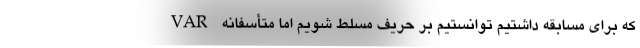
که برای مسابقه داشتیم توانستیم بر حریف مسلط شویم اما متأسفانه VAR